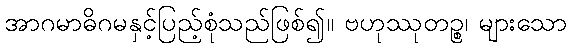
အာဂမာဓိဂမနှင့်ပြည့်စုံသည်ဖြစ်၍။ ဗဟုဿုတဉ္စ၊ များသော